Vaccination Hyderabad 1890-1903 - 1890-1903
Year: 1890
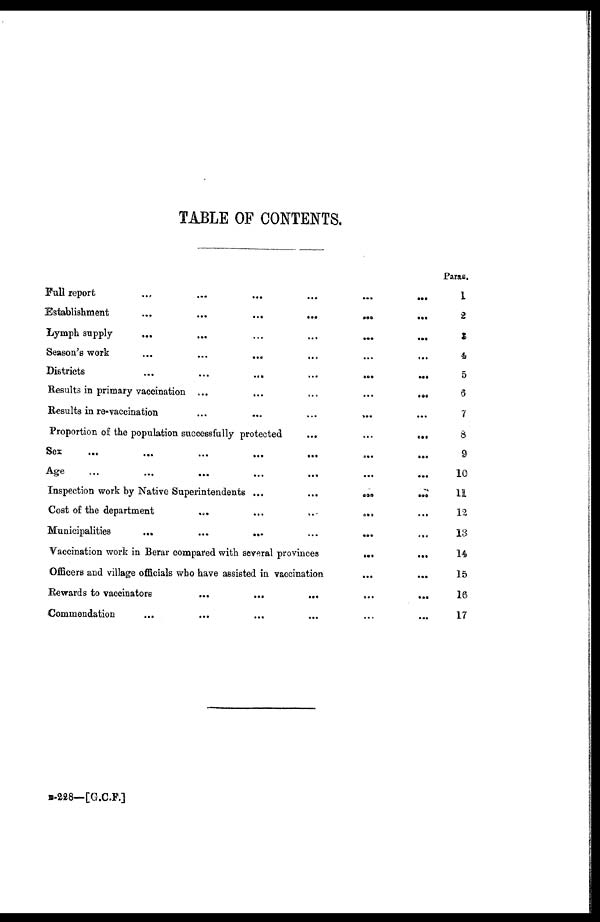
TABLE OF CONTENTS.
Full report
...
...
...
...
...
...
Establishment
...
...
...
...
...
...
Lymph supply
...
...
...
...
...
...
Season's work ... ... ... ... ... ...
Districts
...
...
...
...
...
...
Results in primary vaccination ...
...
...
...
...
Results in re-vaccination ... ... ... ... ...
Proportion of the population successfully protected
...
...
...
Sex
...
...
...
...
...
...
...
Age
...
...
...
...
...
...
...
Inspection work by Native Superintendents ...
...
...
...
Cost of the department
...
...
...
...
...
Municipalities
...
...
...
...
...
Vaccination work in Berar compared with several provinces ... ...
Officers and village officials who have assisted in vaccination
...
...
Rewards to vaccinators
...
...
...
...
...
Commendation
...
...
...
...
...
...
Paras.
1
2
3
4
5
6
7
8
9
10
11
12
13
14
15
16
17
B-228—[G.C.F.]